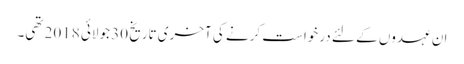
ان عہدوں کے لئے درخواست کرنے کی آخری تاریخ 30 جولائی 2018 تھی۔